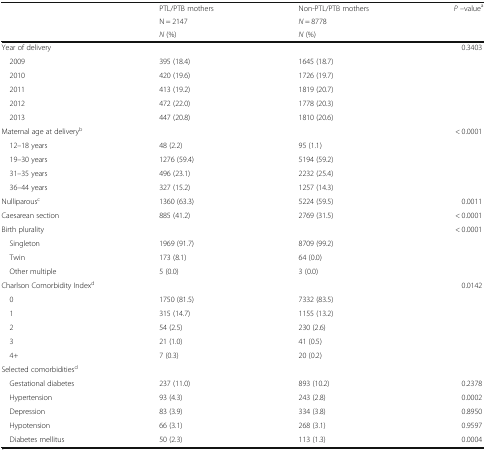
<table><thead><tr><td rowspan="3"></td><td><b>PTL/PTB mothers</b></td><td><b>Non-PTL/PTB mothers</b></td><td rowspan="3"><b><i>P</i> –value<sup>a</sup></b></td></tr><tr><td><b>N = 2147</b></td><td><b><i>N</i> = 8778</b></td></tr><tr><td><b><i>N</i> (%)</b></td><td><b><i>N</i> (%)</b></td></tr></thead><tbody><tr><td colspan="3">Year of delivery</td><td>0.3403</td></tr><tr><td> 2009</td><td>395 (18.4)</td><td>1645 (18.7)</td><td></td></tr><tr><td> 2010</td><td>420 (19.6)</td><td>1726 (19.7)</td><td></td></tr><tr><td> 2011</td><td>413 (19.2)</td><td>1819 (20.7)</td><td></td></tr><tr><td> 2012</td><td>472 (22.0)</td><td>1778 (20.3)</td><td></td></tr><tr><td> 2013</td><td>447 (20.8)</td><td>1810 (20.6)</td><td></td></tr><tr><td colspan="3">Maternal age at delivery<sup>b</sup></td><td>&lt; 0.0001</td></tr><tr><td> 12–18 years</td><td>48 (2.2)</td><td>95 (1.1)</td><td></td></tr><tr><td> 19–30 years</td><td>1276 (59.4)</td><td>5194 (59.2)</td><td></td></tr><tr><td> 31–35 years</td><td>496 (23.1)</td><td>2232 (25.4)</td><td></td></tr><tr><td> 36–44 years</td><td>327 (15.2)</td><td>1257 (14.3)</td><td></td></tr><tr><td>Nulliparous<sup>c</sup></td><td>1360 (63.3)</td><td>5224 (59.5)</td><td>0.0011</td></tr><tr><td>Caesarean section</td><td>885 (41.2)</td><td>2769 (31.5)</td><td>&lt; 0.0001</td></tr><tr><td colspan="3">Birth plurality</td><td>&lt; 0.0001</td></tr><tr><td> Singleton</td><td>1969 (91.7)</td><td>8709 (99.2)</td><td></td></tr><tr><td> Twin</td><td>173 (8.1)</td><td>64 (0.0)</td><td></td></tr><tr><td> Other multiple</td><td>5 (0.0)</td><td>3 (0.0)</td><td></td></tr><tr><td colspan="3">Charlson Comorbidity Index<sup>d</sup></td><td>0.0142</td></tr><tr><td> 0</td><td>1750 (81.5)</td><td>7332 (83.5)</td><td></td></tr><tr><td> 1</td><td>315 (14.7)</td><td>1155 (13.2)</td><td></td></tr><tr><td> 2</td><td>54 (2.5)</td><td>230 (2.6)</td><td></td></tr><tr><td> 3</td><td>21 (1.0)</td><td>41 (0.5)</td><td></td></tr><tr><td> 4+</td><td>7 (0.3)</td><td>20 (0.2)</td><td></td></tr><tr><td colspan="4">Selected comorbidities<sup>d</sup></td></tr><tr><td> Gestational diabetes</td><td>237 (11.0)</td><td>893 (10.2)</td><td>0.2378</td></tr><tr><td> Hypertension</td><td>93 (4.3)</td><td>243 (2.8)</td><td>0.0002</td></tr><tr><td> Depression</td><td>83 (3.9)</td><td>334 (3.8)</td><td>0.8950</td></tr><tr><td> Hypotension</td><td>66 (3.1)</td><td>268 (3.1)</td><td>0.9597</td></tr><tr><td> Diabetes mellitus</td><td>50 (2.3)</td><td>113 (1.3)</td><td>0.0004</td></tr></tbody></table>